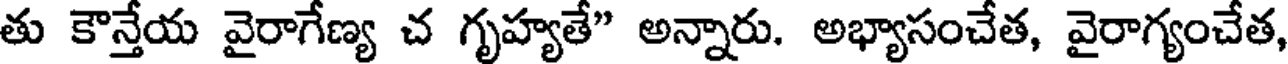
తు కౌన్తేయ వైరాగేణ్య చ గృహ్యతే" అన్నారు. అభ్యాసంచేత, వైరాగ్యంచేత,